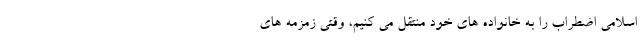
اسلامی اضطراب را به خانواده های خود منتقل می کنیم، وقتی زمزمه های